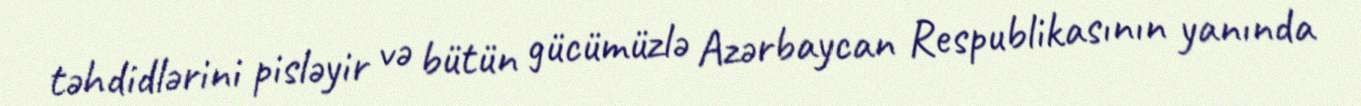
təhdidlərini pisləyir və bütün gücümüzlə Azərbaycan Respublikasının yanında